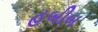
હબીબ